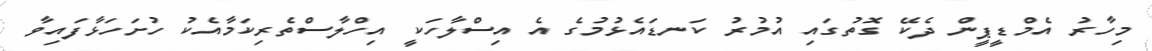
މިހާރު އެމްޑީޕީން ދެކޭ ގޮތުގައި އުމުރު ކަނޑައެޅުމުގެ އެ އިސްލާހަކީ އިހްލާސްތެރިކަމާއެކު ހުށަހަޅާފައިވާ